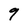
Character: 9